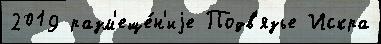
2019 разм'еще́н'иjе Подв'язье Искра